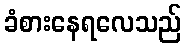
ခံစားနေရလေသည်